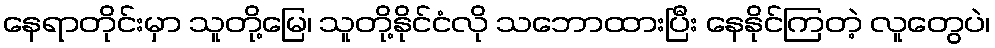
နေရာတိုင်းမှာ သူတို့မြေ၊ သူတို့နိုင်ငံလို သဘောထားပြီး နေနိုင်ကြတဲ့ လူတွေပဲ၊